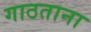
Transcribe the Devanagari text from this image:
गाठताना